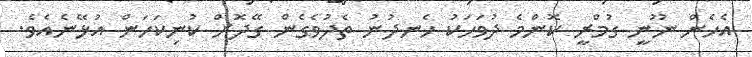
އެހެން ނޫނީ ގުމްރީ ކޮންމެ ދުވަހަކު ހެނދުނު ތެދުވެގެން ގޭދޮށް ކުނިކަހަން އުޅޭނެއެވެ.